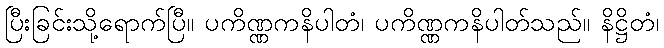
ပြီးခြင်းသို့ရောက်ပြီ။ ပကိဏ္ဏကနိပါတံ၊ ပကိဏ္ဏကနိပါတ်သည်။ နိဋ္ဌိတံ၊